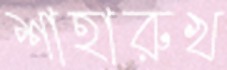
শাহারুখ